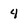
Character: 4